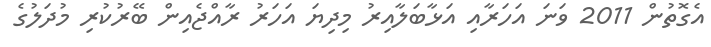
އެގޮތުން 2011 ވަނަ އަހަރާއި އަޅާބަލާއިރު މިދިޔަ އަހަރު ރާއްޖެއިން ބޭރުކުރި މުދަލުގެ